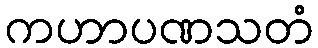
ကဟာပဏသတံ